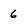
Character: 6